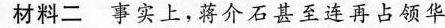
材料二事实上，蒋介石甚至连再占领华